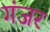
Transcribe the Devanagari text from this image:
गंजर